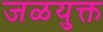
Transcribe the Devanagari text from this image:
जळयुक्त